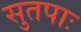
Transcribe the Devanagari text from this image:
सुतपाः